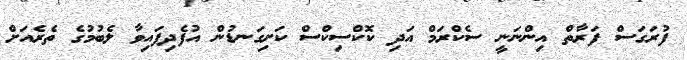
ފުރަގަސް ފަރާތް އިންނަނީ ސެކްރަމް އަދި ކޮކްސިކްސް ކަށިގަނޑުން އުފެދިފައިވާ ލެބުމުގެ ތެރެއަށް